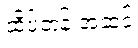
ထိပ်တန်းအဆင့်